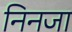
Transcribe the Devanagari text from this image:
निनजा